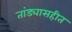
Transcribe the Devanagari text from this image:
तांड्यासहीत